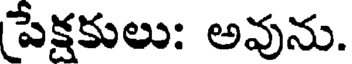
పేక్షకులు: అవును.